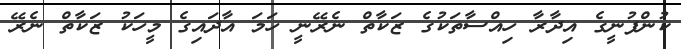
ކުންފުނީގެ އިދާރާ ހިއްސާތަކުގެ ޒަކާތް ނެރޭނީ ހަމަ އާދައިގެ މީހަކު ޒަކާތް ނެރޭ